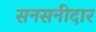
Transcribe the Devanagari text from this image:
सनसनीदार